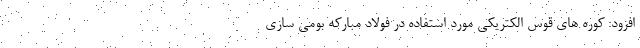
افزود: کوره های قوس الکتریکی مورد استفاده در فولاد مبارکه بومی سازی